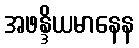
အဖန္ဒိယမာနေန